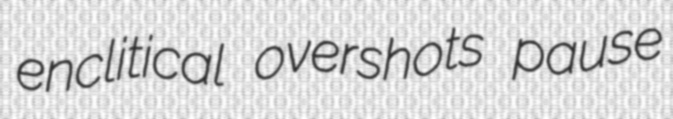
enclitical overshots pause